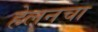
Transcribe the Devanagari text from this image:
हेलनचा